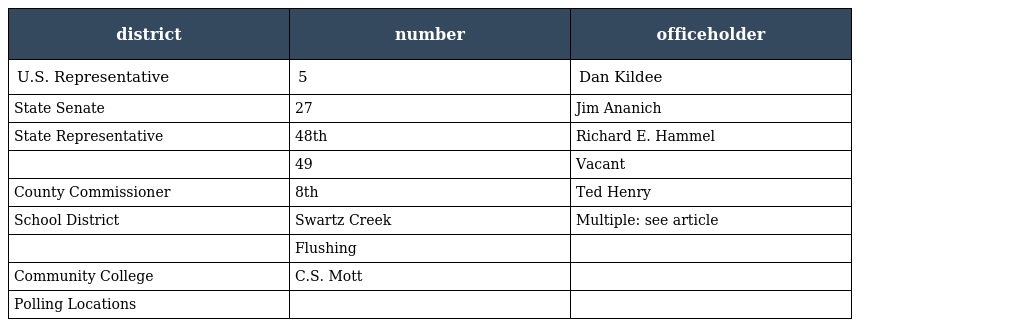
| district | number | officeholder |
 | --- | --- | --- |
 | U.S. Representative | 5 | Dan Kildee |
 | State Senate | 27 | Jim Ananich |
 | State Representative | 48th | Richard E. Hammel |
 |  | 49 | Vacant |
 | County Commissioner | 8th | Ted Henry |
 | School District | Swartz Creek | Multiple: see article |
 |  | Flushing |  |
 | Community College | C.S. Mott |  |
 | Polling Locations |  |  |